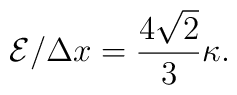
{\cal E}/\Delta x=\frac{4\sqrt{2}}{3}\kappa.